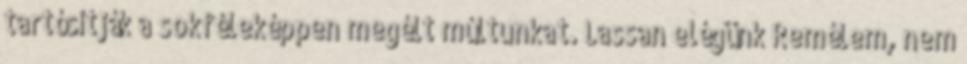
tartósítják a sokféleképpen megélt múltunkat. Lassan elégünk Remélem, nem